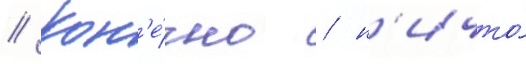
// Кон'е́чно / н'ичто́